Problem: 12 + 16 = ?
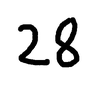
Handwritten answer: 28